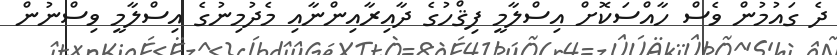
ދެ ގައުމުން ވެސް ހާއްސަކޮށް އިސްލާމީ ފިޤްހުގެ ދާއިރާއިންނާއި މެދުމިނުގެ އިސްލާމީ ވިސްނުން